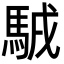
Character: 𩣊